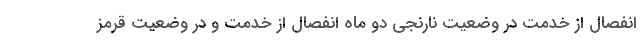
انفصال از خدمت در وضعیت نارنجی دو ماه انفصال از خدمت و در وضعیت قرمز